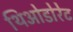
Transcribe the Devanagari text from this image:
थिओडोरेट